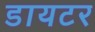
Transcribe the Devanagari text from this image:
डायटर